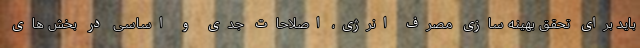
باید برای تحقق بهینه سازی مصرف انرژی، اصلاحات جدی و اساسی در بخش های